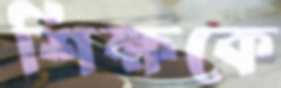
শিক্ষকে